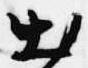
出